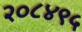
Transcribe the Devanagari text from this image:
२०८४९५